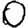
Digit: 0